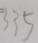
3 3 5